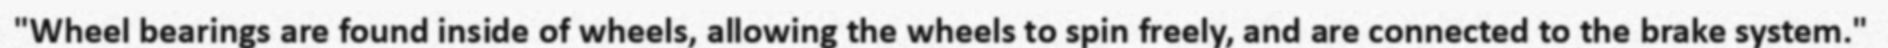
"Wheel bearings are found inside of wheels, allowing the wheels to spin freely, and are connected to the brake system."